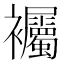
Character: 䙱